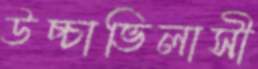
উচ্চাভিলাসী